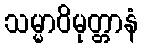
သမ္မာဝိမုတ္တာနံ